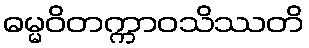
ဓမ္မဝိတက္ကာဝသိဿတိ